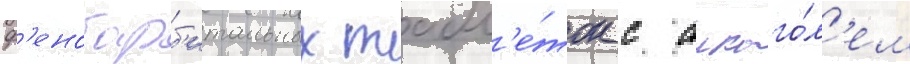
ф'енобарб'итальных табл'е́ток с алкого́л'ем